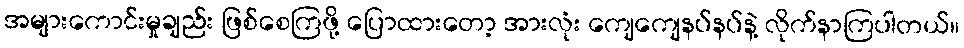
အများကောင်းမှုချည်း ဖြစ်စေကြဖို့ ပြောထားတော့ အားလုံး ကျေကျေနပ်နပ်နဲ့ လိုက်နာကြပါတယ်။